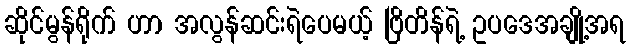
ဆိုင်မွန်ရိုက် ဟာ အလွန်ဆင်းရဲပေမယ့် ဗြိတိန်ရဲ့ ဥပဒေအချို့အရ